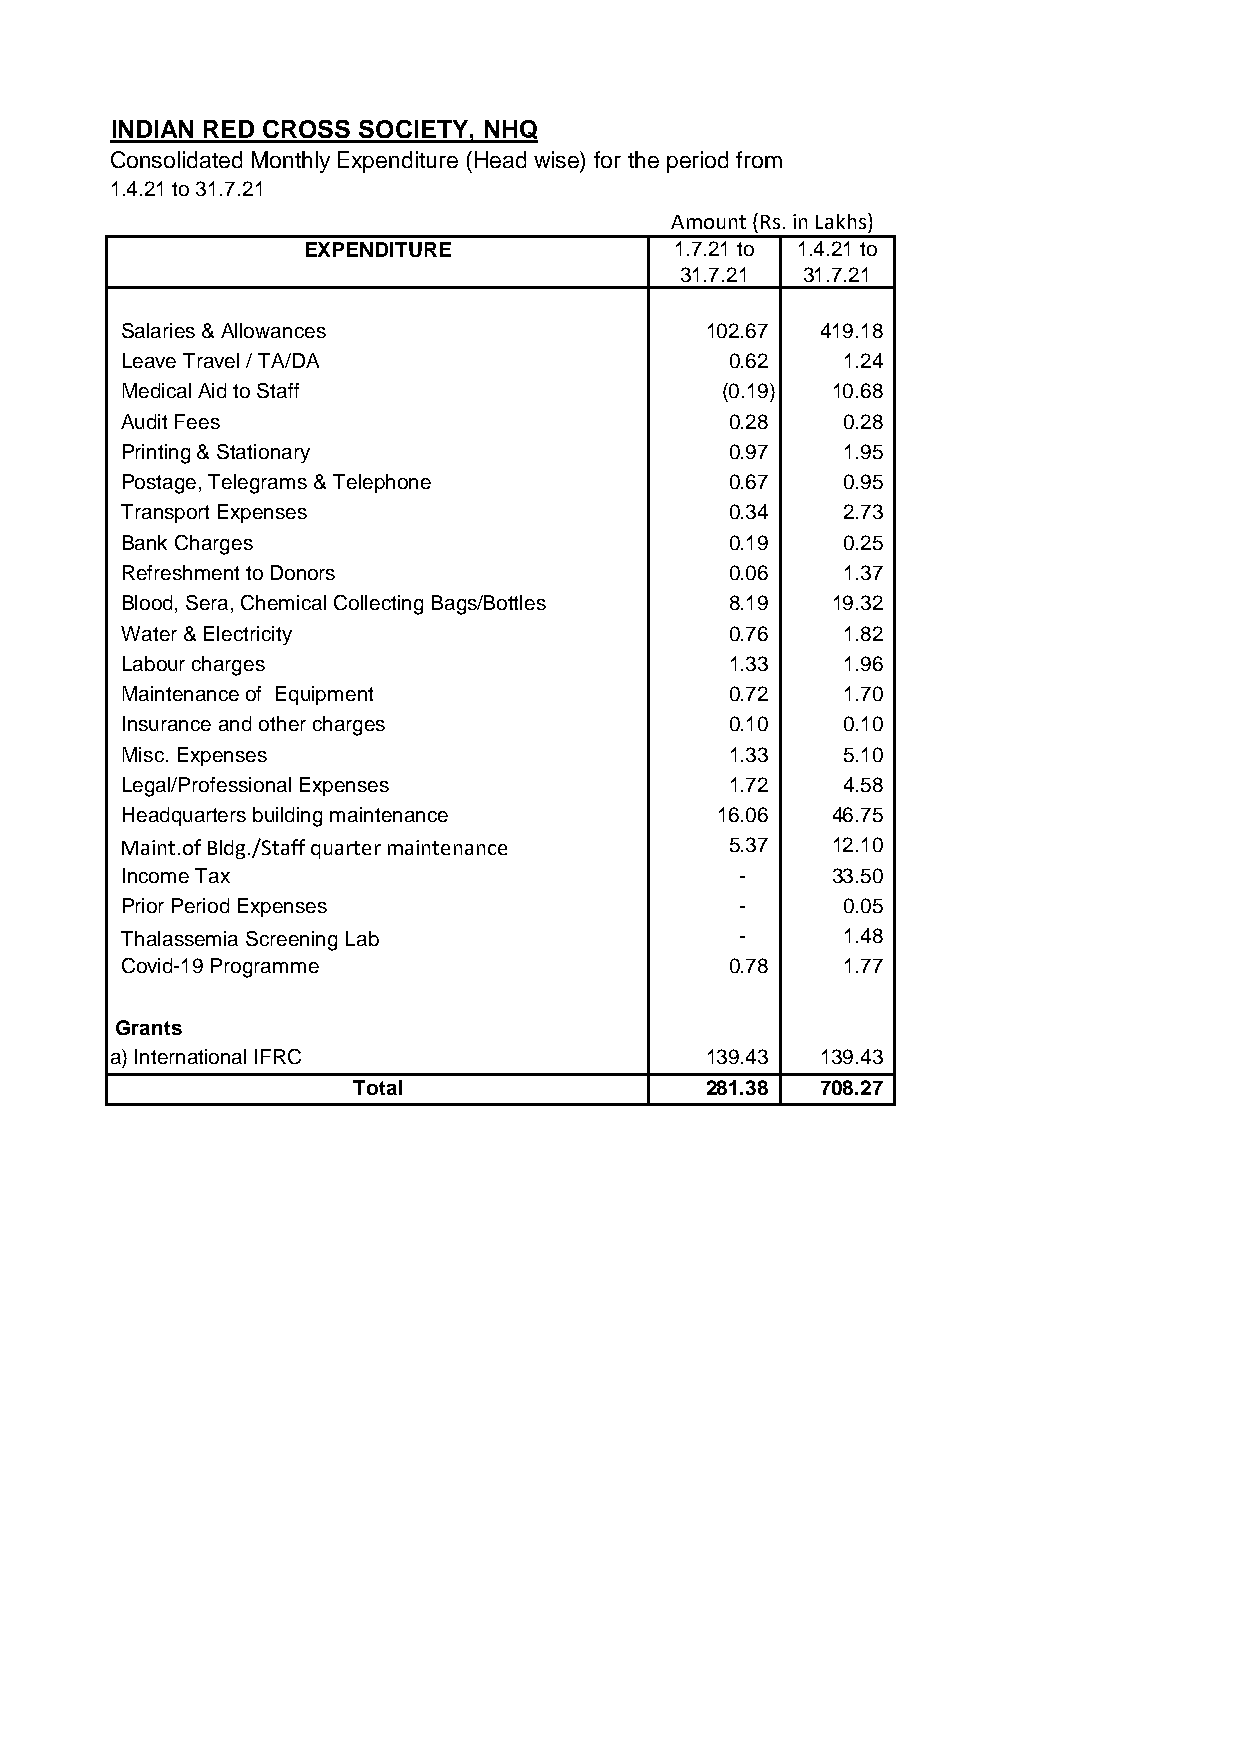
INDIAN RED CROSS SOCIETY, NHQ
 Consolidated Monthly Expenditure (Head wise) for the period from
 1.4.21 to 31.7.21
 Amount (Rs. in Lakhs)
 EXPENDITURE              1.7.21 to 1.4.21 to
 31.7.21 31.7.21
 Salaries & Allowances                  1 02.67 419.18
 Leave Travel / TA/DA                    0 .62   1.24
 Medical Aid to Staff                    (0.19) 10.68
 Audit Fees                              0 .28   0.28
 Printing & Stationary                   0 .97   1.95
 Postage, Telegrams & Telephone          0 .67   0.95
 Transport Expenses                      0 .34   2.73
 Bank Charges                            0 .19   0.25
 Refreshment to Donors                   0 .06   1.37
 Blood, Sera, Chemical Collecting Bags/Bottles 8 .19 19.32
 Water & Electricity                     0 .76   1.82
 Labour charges                          1 .33   1.96
 Maintenance of Equipment                0 .72   1.70
 Insurance and other charges             0 .10   0.10
 Misc. Expenses                          1 .33   5.10
 Legal/Professional Expenses             1 .72   4.58
 Headquarters building maintenance      1 6.06  46.75
 Maint.of Bldg./Staff quarter maintenance 5 .37 12.10
 Income Tax                               -     33.50
 Prior Period Expenses                    -      0.05
 Thalassemia Screening Lab                -      1.48
 Covid-19 Programme                      0 .78   1.77
 Grants
 a) International IFRC                   1 39.43 139.43
 Total                   2 81.38 708.27